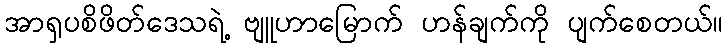
အာရှပစိဖိတ်ဒေသရဲ့ ဗျူဟာမြောက် ဟန်ချက်ကို ပျက်စေတယ်။